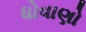
ધોવાણો